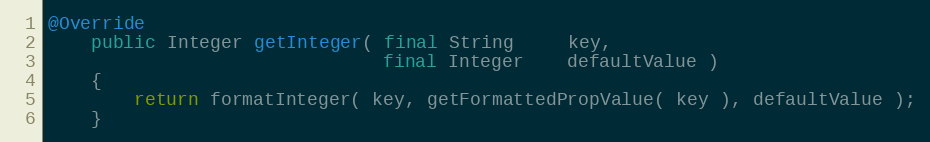
Language: Java
@Override
    public Integer getInteger( final String     key,
                               final Integer    defaultValue )
    {
        return formatInteger( key, getFormattedPropValue( key ), defaultValue );
    }